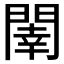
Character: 𨵉